NAE_ERA_R-2632_ENSV_TA_Emakeele_Selts_1945-1955, lk 108
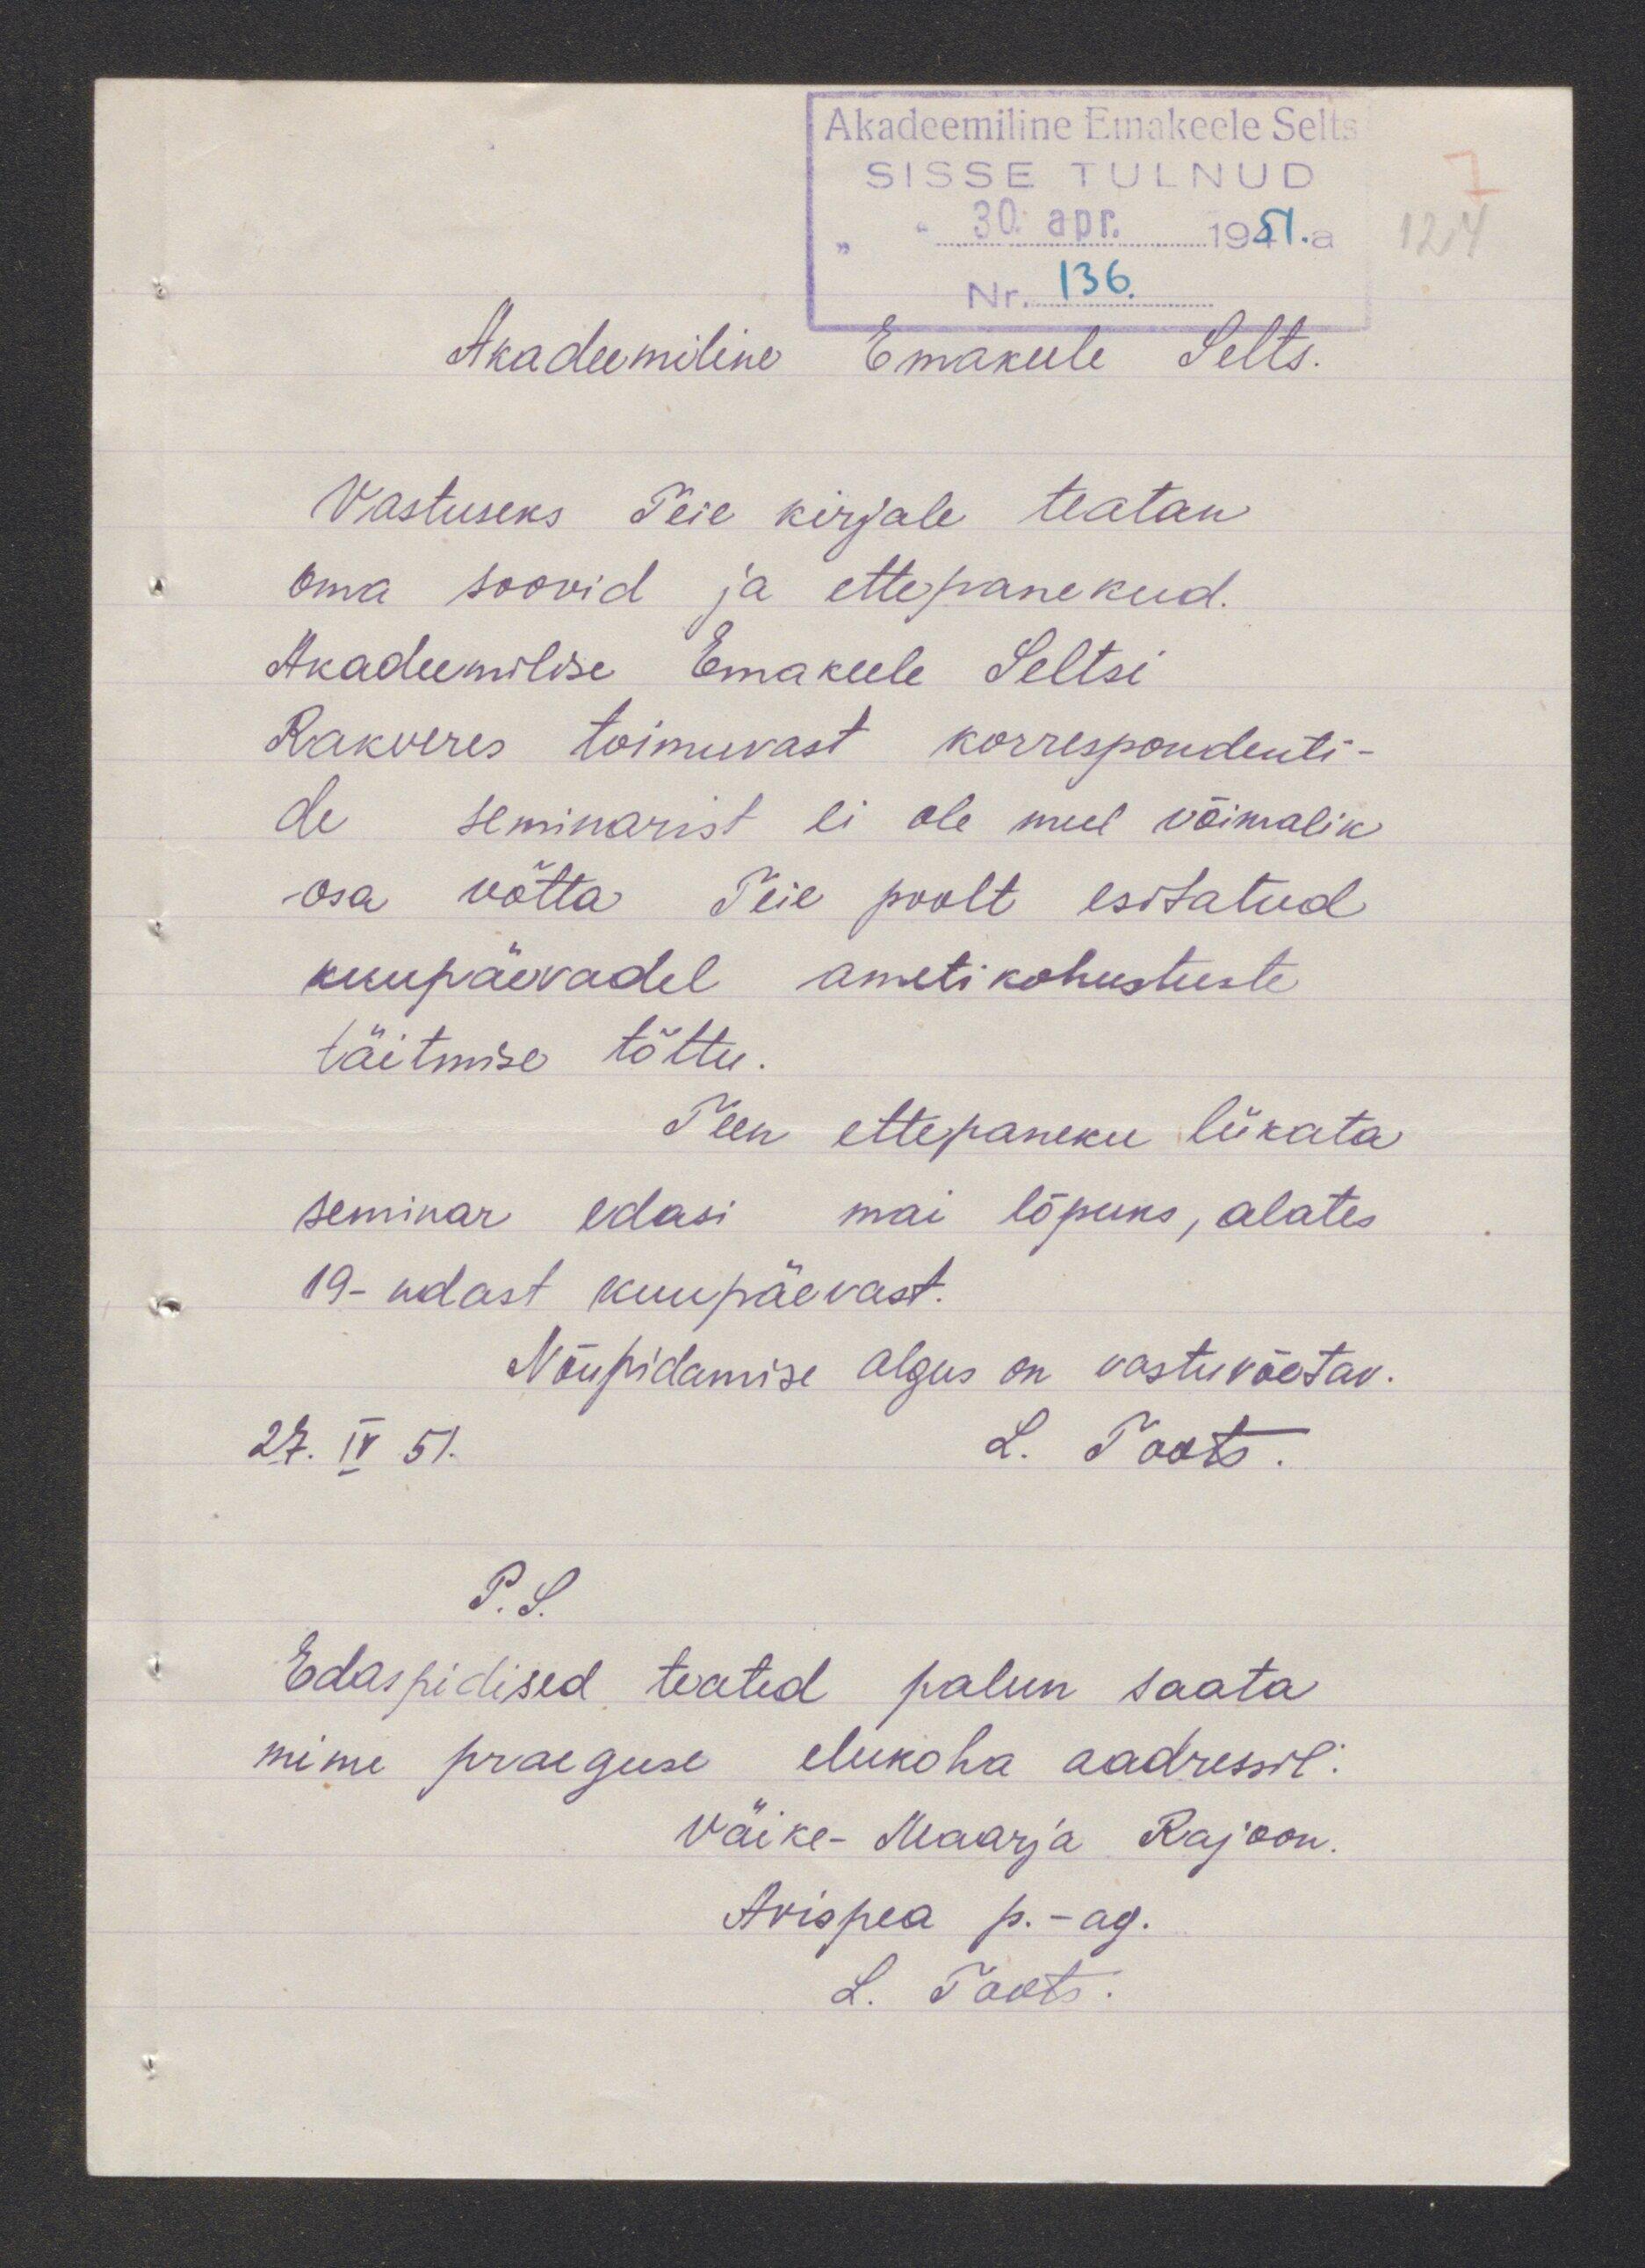
Akadeemiline Emakeele Selts.
Vastuseks Teie kirjale teatan
oma soovid ja ettepanekud.
Akadeemilise Emakeele Seltsi
Rakveres toimuvast korraspondenti-
de seminarist ei ole mul võimalik
osa võtta. Teie poolt esitatud
kuupäevadel ametikohustuste
täitmise tõttu.
Teen ettepaneku lükata
seminar edasi mai lõpuks, alates
19-ndast kuupäevast.
Nõupidamise algus on vastuvõetav.
27.IV 51.
L. Toots.
P. S.
Edaspidised teated palun saata
minu praeguse elukoha aadressil.
Väike-Maarja Rajoon.
Avispea p.-ag.
L. Toots.